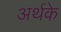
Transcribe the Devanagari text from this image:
अर्थके